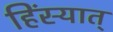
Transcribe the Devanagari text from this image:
हिंस्यात्‌